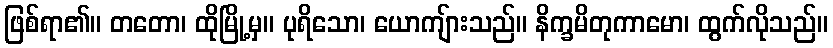
ဖြစ်ရာ၏။ တတော၊ ထိုမြို့မှ။ ပုရိသော၊ ယောကျ်ားသည်။ နိက္ခမိတုကာမော၊ ထွက်လိုသည်။